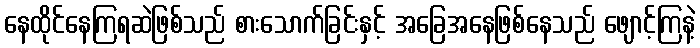
နေထိုင်နေကြရဆဲဖြစ်သည် စားသောက်ခြင်းနှင့် အခြေအနေဖြစ်နေသည် ဖျောင့်ကြနဲ့